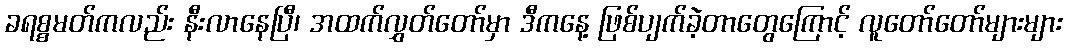
ခရစ္စမတ်ကလည်း နီးလာနေပြီ၊ အထက်လွှတ်တော်မှာ ဒီကနေ့ ဖြစ်ပျက်ခဲ့တာတွေကြောင့် လူတော်တော်များများ